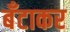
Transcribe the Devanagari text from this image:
बँटाकर